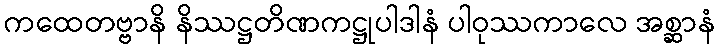
ကထေတဗ္ဗာနိ နိဿဋ္ဌတိဏကဋ္ဌုပါဒါနံ ပါဝုဿကာလေ အစ္ဆာနံ